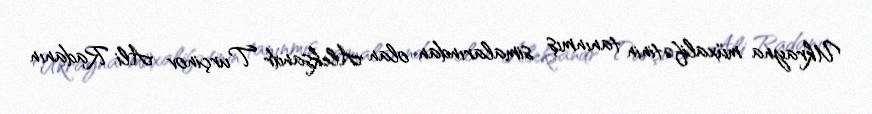
Ukrayna müxalifətinin tanınmış simalarından olan Aleksandr Turçinov Ali Radanın